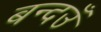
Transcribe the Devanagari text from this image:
बन्दउँ